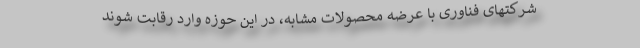
شرکتهای فناوری با عرضه محصولات مشابه، در این حوزه وارد رقابت شوند